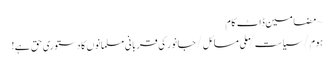
~ مضامین ڈاٹ کام
ہوم/سیاست/ملی مسائل/جانور کی قربانی مسلمانوں کا دستوری حق ہے!